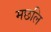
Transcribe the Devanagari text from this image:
मछलि